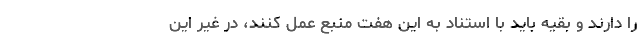
را دارند و بقیه باید با استناد به این هفت منبع عمل کنند، در غیر این